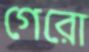
গেরো